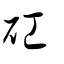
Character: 矼